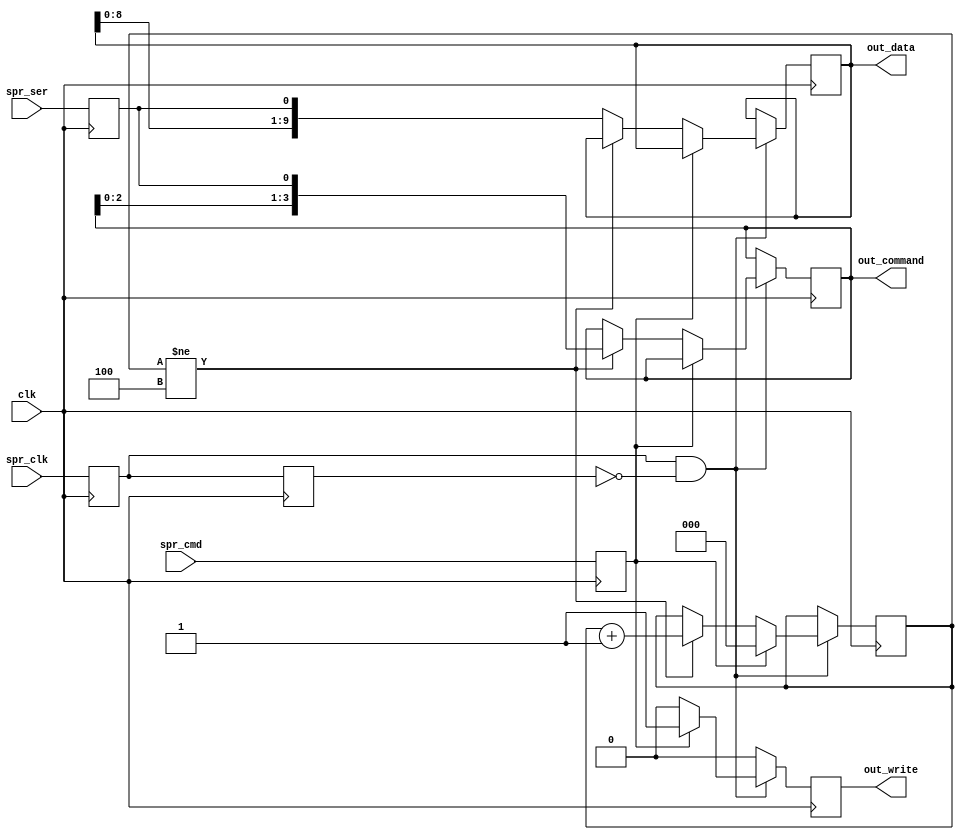
module sprite_control(
	input wire clk,
	input wire spr_clk,
	input wire spr_cmd,
	input wire spr_ser,
	
	output wire       out_write,
	output wire [3:0] out_command,
	output wire [9:0] out_data
);

	reg in_clk_prev = 1'b0;
	reg in_clk  = 1'b0;
	reg in_cmd  = 1'b0;
	reg in_ser  = 1'b0;
	
	reg       reg_write    =  1'b0;
	reg [3:0] reg_command  =  4'h0;
	reg [9:0] reg_data     = 10'b0;
	reg [2:0] cmd_len      =  3'b0;
	
	assign out_write   = reg_write;
	assign out_command = reg_command;
	assign out_data    = reg_data;
	
	always @(posedge clk) begin
		in_clk_prev <= in_clk;
		in_clk <= spr_clk;
		in_cmd <= spr_cmd;
		in_ser <= spr_ser;
		
		if (in_clk & ~in_clk_prev) begin
			if (in_cmd) begin
				reg_write <= 1'b1;
				cmd_len <= 1'd0;
			end else begin
				reg_write <= 1'b0;
				if (cmd_len != 3'd4) begin
 					cmd_len     <= cmd_len + 3'd1;
					reg_command <= {reg_command[2:0], in_ser};
				end else begin
					reg_data    <= {reg_data[8:0],    in_ser};
				end
			end
		end else begin
			reg_write <= 1'b0;
		end
	end

endmodule